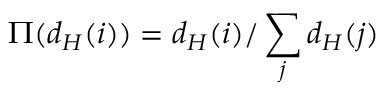
\Pi ( d _ { H } ( i ) ) = d _ { H } ( i ) / \sum _ { j } d _ { H } ( j )